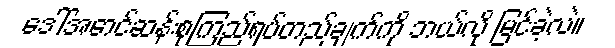
ဒေါ်အောင်ဆန်းစုကြည်ရပ်တည်ချက်ကို ဘယ်လို မြင်ခဲ့လဲ။